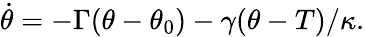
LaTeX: \dot{\theta}=-\Gamma(\theta-\theta_{0})-\gamma(\theta-T)/\kappa.